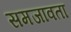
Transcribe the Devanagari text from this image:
समजावता